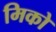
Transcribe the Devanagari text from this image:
मिको